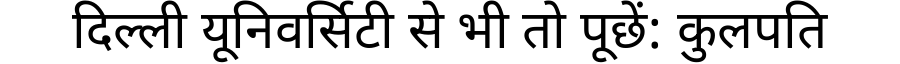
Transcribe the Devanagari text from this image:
दिल्ली यूनिवर्सिटी से भी तो पूछें: कुलपति